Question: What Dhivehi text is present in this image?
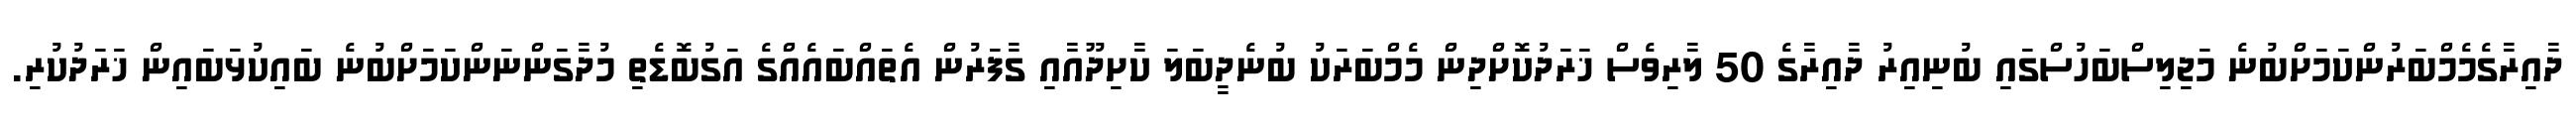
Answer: ދާއިރާގެމެމްބަރުންކަމަށްބުނެ މަޖިލިސްބަހުސްގައި ބުނިއިރު ދާއިރާގެ 50 ލާރިވެސް ޚަރަދުކޮށްދިން މެމްބަރަކު ބުނެދީބަލަ ކާށިދޫއާއި ގާފަރުން އެތައްބައެއްގެ އަގުބޮޑެތި މުދާގަންނަންކަމަށްބުނެ ބައިކުޅަބައިން ޚަރަދުކުރި.